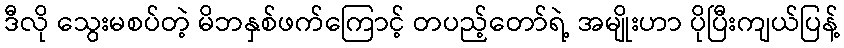
ဒီလို သွေးမစပ်တဲ့ မိဘနှစ်ဖက်ကြောင့် တပည့်တော်ရဲ့ အမျိုးဟာ ပိုပြီးကျယ်ပြန့်